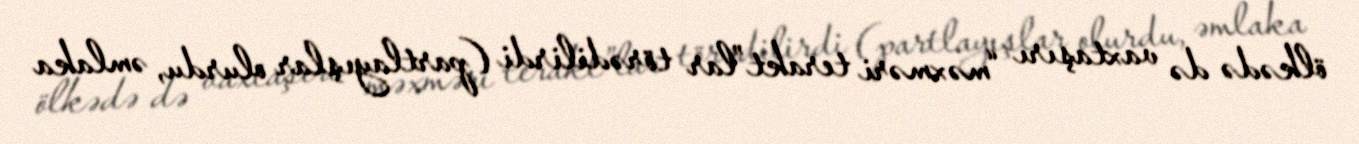
ölkədə də vaxtaşırı “məxməri terakt”lar törədilirdi (partlayışlar olurdu, əmlaka